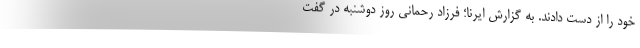
خود را از دست دادند. به گزارش ایرنا؛ فرزاد رحمانی روز دوشنبه در گفت